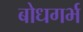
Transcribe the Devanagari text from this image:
बोधगर्भ